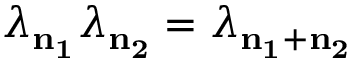
\lambda _ { \mathbf { n _ { 1 } } } \lambda _ { \mathbf { n _ { 2 } } } = \lambda _ { \mathbf { n _ { 1 } } + \mathbf { n _ { 2 } } }